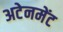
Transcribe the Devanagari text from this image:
अटेनमेंट